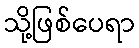
သို့ဖြစ်ပေရာ